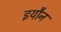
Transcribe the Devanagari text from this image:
इयौन